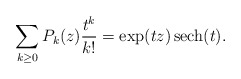
\begin{gather*}\sum_{k \ge 0} P_k(z) {t^k \over k!} = \exp (t z)\operatorname{sech}(t).\end{gather*}